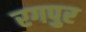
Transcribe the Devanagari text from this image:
रगपुर